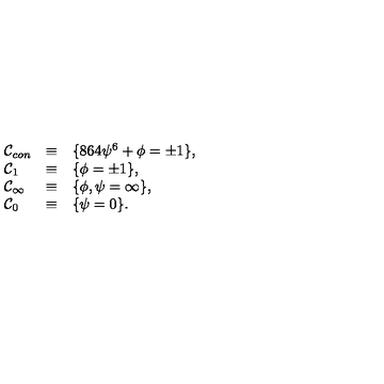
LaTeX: \begin{array} { l c l } { { \cal C } _ { c o n } } & { \equiv } & { \{ 8 6 4 \psi ^ { 6 } + \phi = \pm 1 \} , } \\ { { \cal C } _ { 1 } } & { \equiv } & { \{ \phi = \pm 1 \} , } \\ { { \cal C } _ { \infty } } & { \equiv } & { \{ \phi , \psi = \infty \} , } \\ { { \cal C } _ { 0 } } & { \equiv } & { \{ \psi = 0 \} . } \\ \end{array}